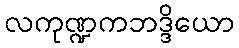
လကုဏ္ဍကဘဒ္ဒိယော